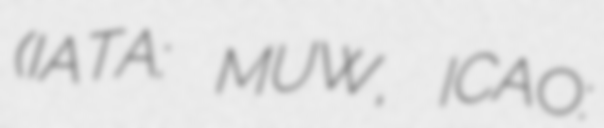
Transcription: (IATA: MUW, ICAO: